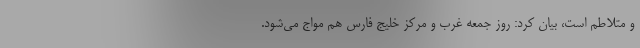
و متلاطم است، بیان کرد: روز جمعه غرب و مرکز خلیج فارس هم مواج می‌شود.